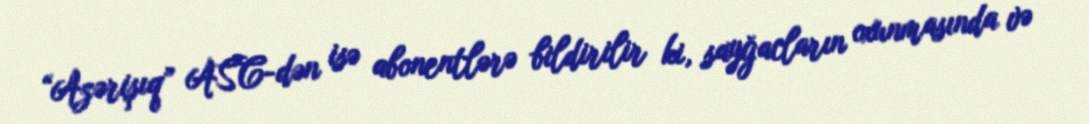
“Azərişıq” ASC-dən isə abonentlərə bildirilir ki, sayğacların oxunmasında və